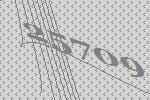
25709